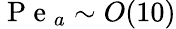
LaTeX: \mathrm{~P~e~}_{a}\sim O(10)